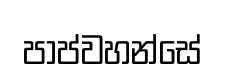
පාප්වහන්සේ